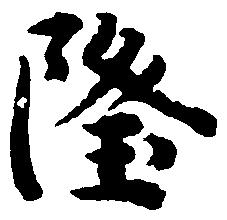
隆